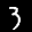
Label: 3